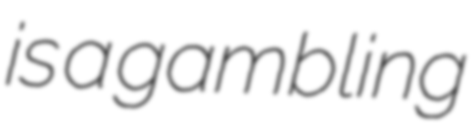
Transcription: is a gambling